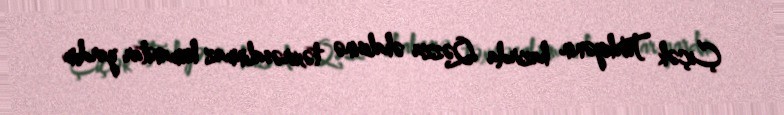
Çiçək Türkiyənin hazırda Qəzza əhalisinə təxirəsalınmaz humanitar yardım